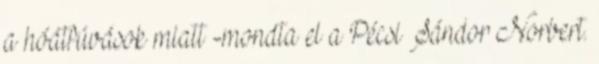
a hóátfúvások miatt -mondta el a Pécsi Sándor Norbert.